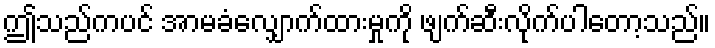
ဤသည်ကပင် အာမခံလျှောက်ထားမှုကို ဖျက်ဆီးလိုက်ပါတော့သည်။